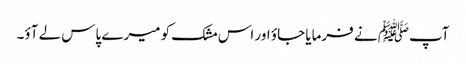
آپﷺ نے فرمایا جاؤ اور اس مشک کو میرے پاس لے آؤ۔